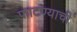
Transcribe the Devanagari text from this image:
फाटण्याची